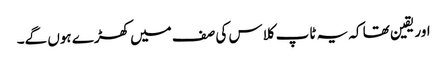
اور یقین تھا کہ یہ ٹاپ کلاس کی صف میں کھڑے ہوں گے۔